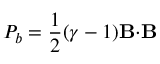
P _ { b } = \frac { 1 } { 2 } ( \gamma - 1 ) \mathbf { B } { \cdot } \mathbf { B }